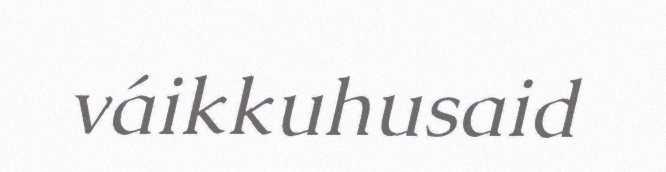
váikkuhusaid